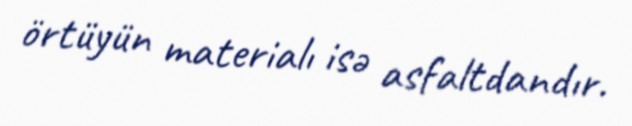
örtüyün materialı isə asfaltdandır.